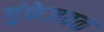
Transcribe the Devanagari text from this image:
गुंफेजवळ